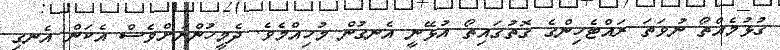
ގުޅުމެއްތޯ ނުވަތަ ރައްޓެހިންގެ ގޮތުގައިތޯ އުޅޭނީ އެނގުން މުހިއްމެވެ. ދެމީހުންނަށްވެސް އެކަން އެނގި